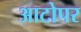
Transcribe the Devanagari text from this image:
आटोपर